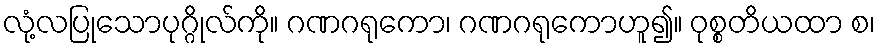
လုံ့လပြုသောပုဂ္ဂိုလ်ကို။ ဂဏဂရုကော၊ ဂဏဂရုကောဟူ၍။ ဝုစ္စတိယထာ စ၊